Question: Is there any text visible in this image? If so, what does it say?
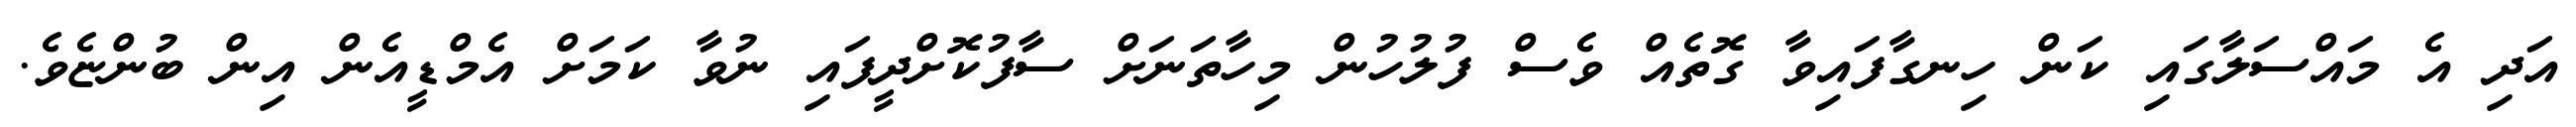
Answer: އަދި އެ މައްސަލާގައި ކަން ހިނގާފައިވާ ގޮތެއް ވެސް ފުލުހުން މިހާތަނަށް ސާފުކޮށްދީފައި ނުވާ ކަމަށް އެމްޑީއެން އިން ބުންޏެވެ.